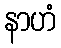
နာဟံ